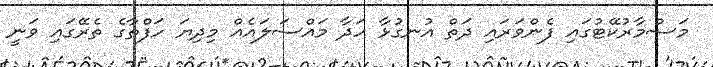
މަސްމާރުކޭޓުގައި ފެންވަރައި ދަތް އުނގުޅާ ހަދާ މައްސަލައެއް މިދިޔަ ހަފްތާގެ ތެރޭގައި ވަނީ